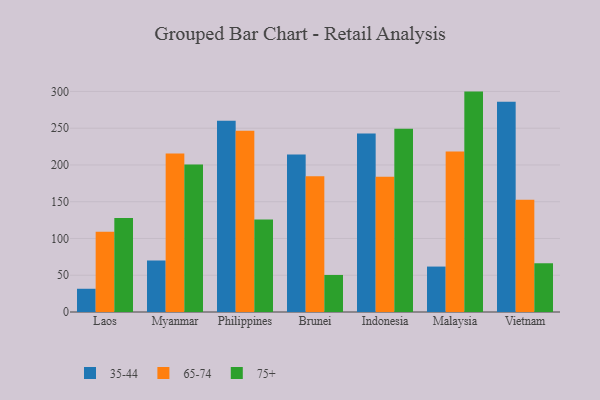
{"axis": {"x": "Country", "y": "Population (Million)"}, "legend": ["35-44", "65-74", "75+"], "data": [{"x": "Laos", "y": 31.6, "type": "35-44"}, {"x": "Laos", "y": 109.1, "type": "65-74"}, {"x": "Laos", "y": 128.0, "type": "75+"}, {"x": "Myanmar", "y": 70.2, "type": "35-44"}, {"x": "Myanmar", "y": 215.7, "type": "65-74"}, {"x": "Myanmar", "y": 200.6, "type": "75+"}, {"x": "Philippines", "y": 260.3, "type": "35-44"}, {"x": "Philippines", "y": 246.4, "type": "65-74"}, {"x": "Philippines", "y": 125.7, "type": "75+"}, {"x": "Brunei", "y": 214.1, "type": "35-44"}, {"x": "Brunei", "y": 184.6, "type": "65-74"}, {"x": "Brunei", "y": 50.4, "type": "75+"}, {"x": "Indonesia", "y": 242.7, "type": "35-44"}, {"x": "Indonesia", "y": 183.9, "type": "65-74"}, {"x": "Indonesia", "y": 249.2, "type": "75+"}, {"x": "Malaysia", "y": 61.8, "type": "35-44"}, {"x": "Malaysia", "y": 218.2, "type": "65-74"}, {"x": "Malaysia", "y": 299.8, "type": "75+"}, {"x": "Vietnam", "y": 286.0, "type": "35-44"}, {"x": "Vietnam", "y": 152.8, "type": "65-74"}, {"x": "Vietnam", "y": 66.3, "type": "75+"}]}